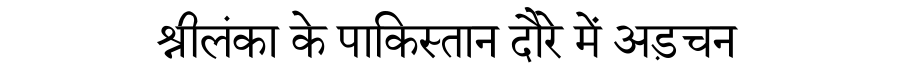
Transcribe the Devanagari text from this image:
श्रीलंका के पाकिस्तान दौरे में अड़चन